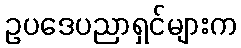
ဥပဒေပညာရှင်များက